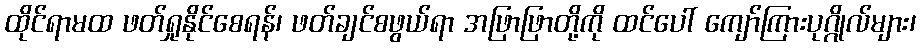
ထိုင်ရာမထ ဖတ်ရှုနိုင်စေရန်၊ ဖတ်ချင်စဖွယ်ရာ အဖြာဖြာတို့ကို ထင်ပေါ် ကျော်ကြားပုဂ္ဂိုလ်များ၊